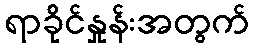
ရာခိုင်နှုန်းအတွက်